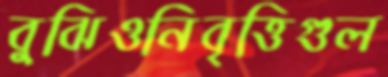
বুঝিওনিবৃত্তিগুল